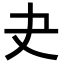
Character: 𡗒